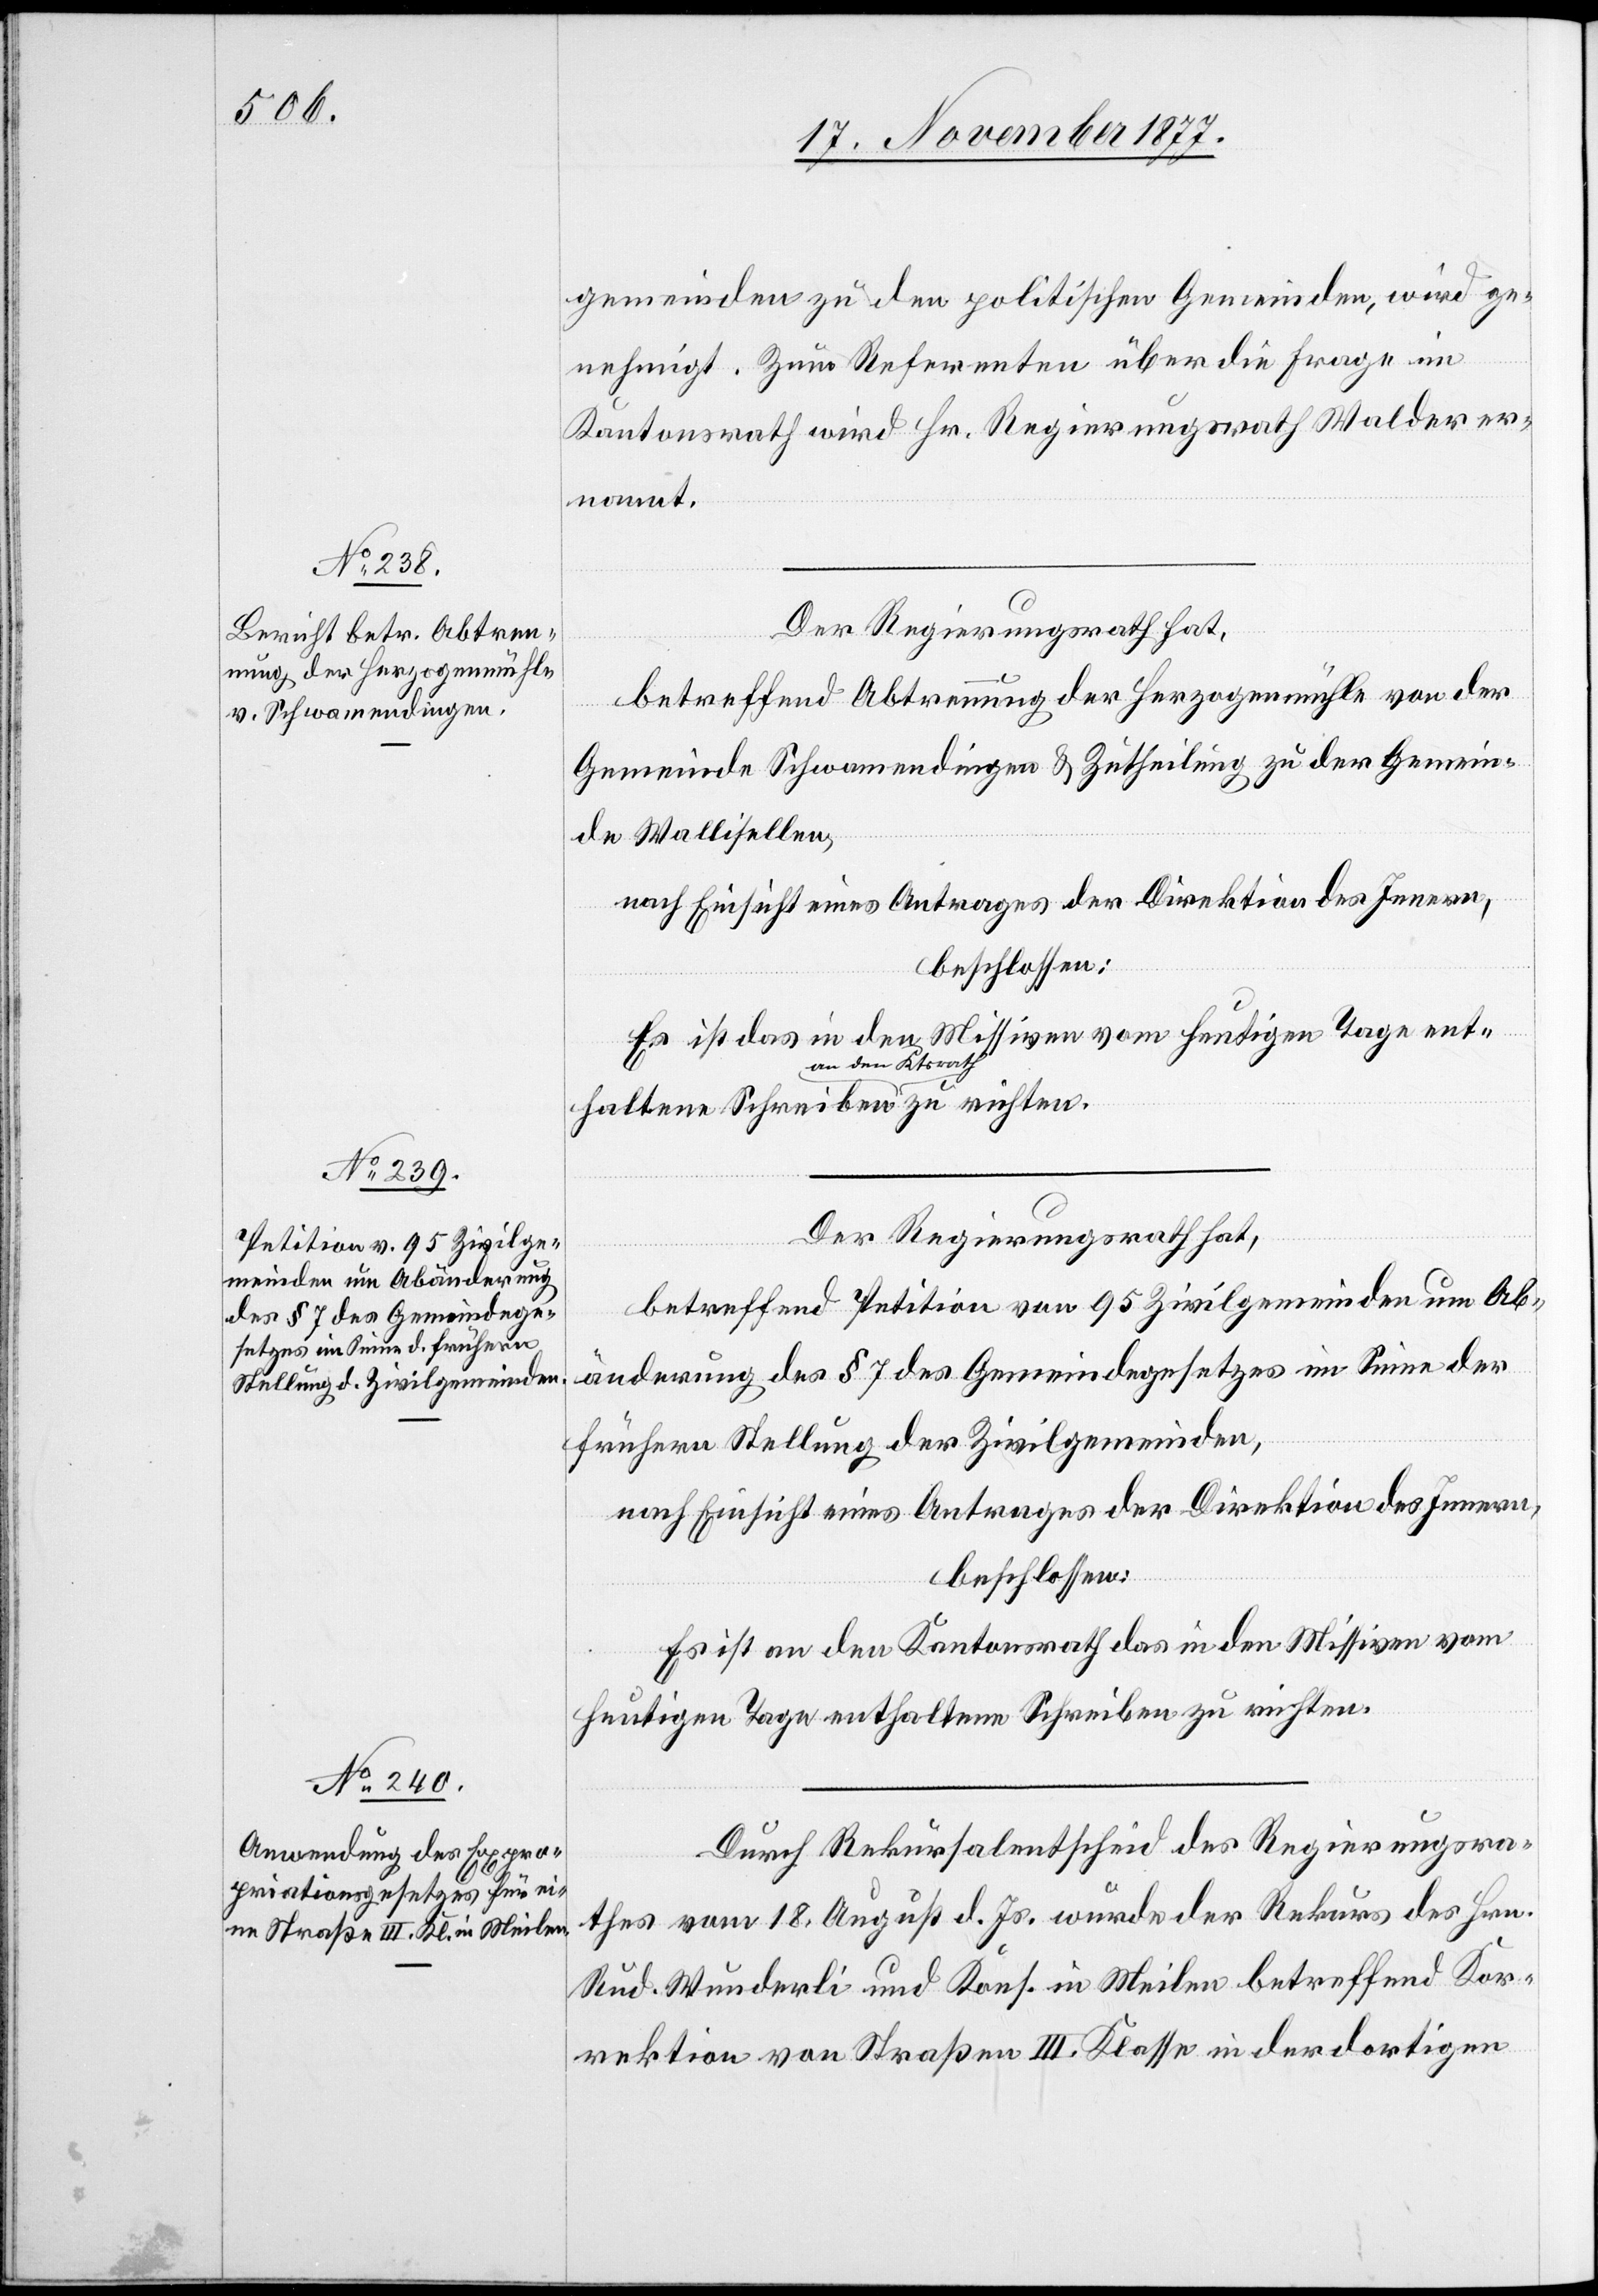
gemeinden zu den politischen Gemeinden, wird ge¬
nehmigt. Zum Referenten über die Frage im
Kantonsrath wird Hr. Regierungsrath Walder er¬
nannt.
Der Regierungsrath hat,
betreffend Abtrennung der Herzogenmühle von der
Gemeinde Schwamendingen & Zutheilung zu der Gemein¬
de Wallisellen,
nach Einsicht eines Antrages der Direktion des Innern,
beschlossen:
Es ist das in den Missiven vom heutigen Tage ent¬
Der Regierungsrath hat,
lt¬
betreffend Petition von 95 Zivilgemeinden um Ab¬
änderung des § 7 des Gemeindegesetzes im Sinne der
frühern Stellung der Zivilgemeinden,
nach Einsicht eines Antrages der Direktion des Innern,
den
beschlossen:
Es ist an den Kantonsrath das in den Missiven vom
heutigen Tage enthaltene Schreiben zu richten.
Durch Rekursalentscheid des Regierungsra¬
thes vom 18. August d. Js. wurde der Rekurs des Hrn.
Rud. Wunderli und Kons. in Meilen betreffend Kor¬
rektion von Straßen III. Klasse in der dortigen